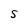
Character: S